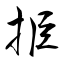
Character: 挋